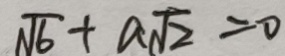
\sqrt { 6 } + a \sqrt { 2 } = 0